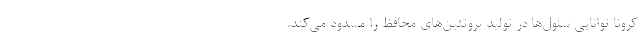
کرونا توانایی سلول‌ها در تولید پروتئین‌های محافظ را مسدود می‌کند.